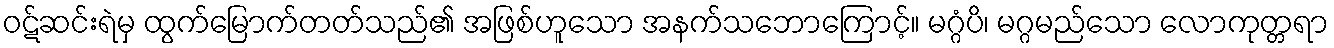
ဝဋ်ဆင်းရဲမှ ထွက်မြောက်တတ်သည်၏ အဖြစ်ဟူသော အနက်သဘောကြောင့်။ မဂ္ဂံပိ၊ မဂ္ဂမည်သော လောကုတ္တရာ